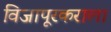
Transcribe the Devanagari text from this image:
विजापूरकराला